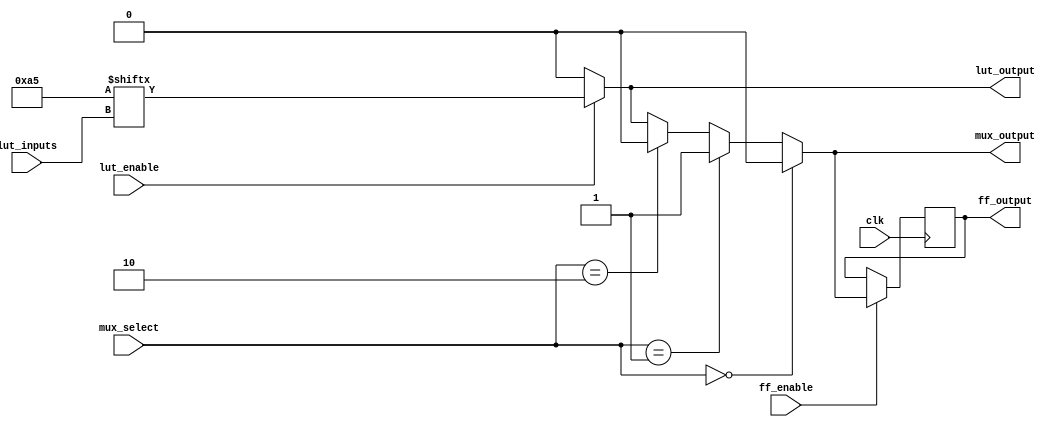
module CLB (
    input wire [3:0] lut_inputs,   // Inputs for LUT
    input wire lut_enable,          // Enable signal for LUT
    input wire [1:0] mux_select,    // Select lines for MUX
    input wire clk,                  // Clock signal for FFs
    input wire ff_enable,            // Enable signal for FFs
    output wire lut_output,          // Output from LUT
    output wire mux_output,          // Output from MUX
    output reg ff_output             // Output from Flip-Flop
);

// Look-Up Table (LUT) - 4-input
reg [15:0] lut_memory; // 16 possible combinations for 4 inputs

// LUT Functionality
always @(*) begin
    if (lut_enable) begin
        lut_output = lut_memory[lut_inputs]; // Output based on inputs
    end else begin
        lut_output = 1'b0; // Default output
    end
end

// Multiplexer (MUX)
wire [3:0] mux_inputs; // Inputs for MUX
assign mux_inputs = {lut_output, 1'b0, 1'b1, 1'b0}; // Example inputs

assign mux_output = (mux_select == 2'b00) ? mux_inputs[0] :
                    (mux_select == 2'b01) ? mux_inputs[1] :
                    (mux_select == 2'b10) ? mux_inputs[2] :
                    mux_inputs[3]; // Default to last input

// Flip-Flop (FF)
always @(posedge clk) begin
    if (ff_enable) begin
        ff_output <= mux_output; // Store MUX output
    end
end

// Initialization of LUT memory (can be set to desired values)
initial begin
    lut_memory = 16'hA5; // Example: 4-input LUT configured with some values
end

endmodule